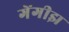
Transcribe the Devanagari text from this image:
गेंगीझ